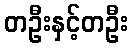
တဦးနှင့်တဦး